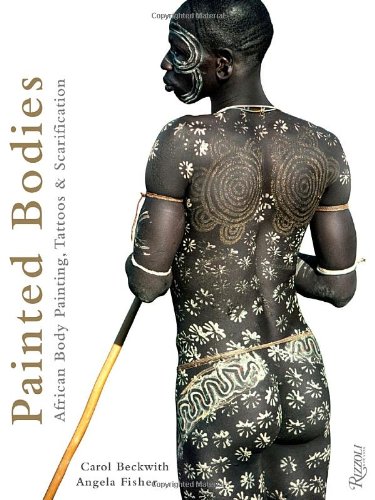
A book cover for Painted Bodies: African Body Painting, Tattoos, and Scarification; Carol Beckwith; Arts & Photography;